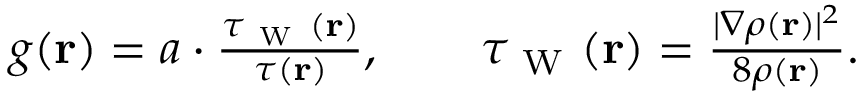
\begin{array} { r } { g ( \mathbf { r } ) = a \cdot \frac { \tau _ { \mathrm { ~ W ~ } } ( \mathbf { r } ) } { \tau ( \mathbf { r } ) } , \qquad \tau _ { \mathrm { ~ W ~ } } ( \mathbf { r } ) = \frac { | \nabla \rho ( \mathbf { r } ) | ^ { 2 } } { 8 \rho ( \mathbf { r } ) } . } \end{array}